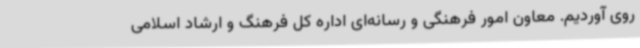
روی آوردیم. معاون امور فرهنگی و رسانه‌ای اداره کل فرهنگ و ارشاد اسلامی